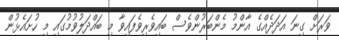
ވަރަށް ގިނަ އަދަދެއްގެ އާންމު މެންބަރުންވެސް ބައިވެރިވެފައިވާ މި ބައްދަލުވުމުގައި މި ހުށައެޅުން